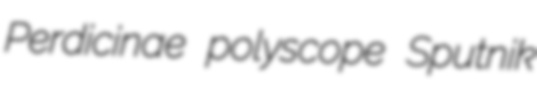
Perdicinae polyscope Sputnik